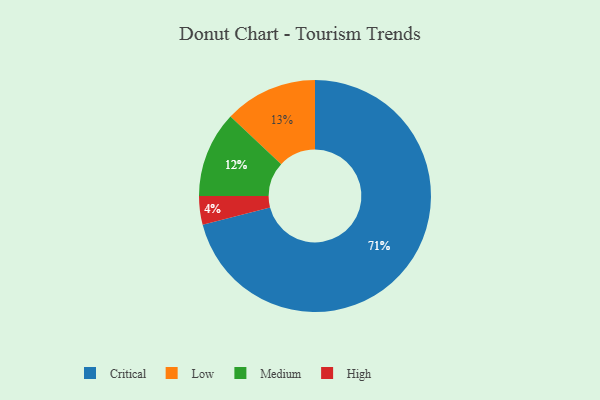
{"axis": {"x": "Category", "y": "Percentage"}, "legend": ["Critical", "High", "Low", "Medium"], "data": [{"x": "Low", "y": 13, "type": "Low"}, {"x": "Medium", "y": 12, "type": "Medium"}, {"x": "High", "y": 4, "type": "High"}, {"x": "Critical", "y": 71, "type": "Critical"}]}